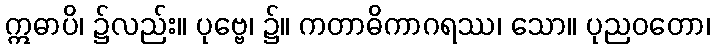
ဣဓာပိ၊ ၌လည်း။ ပုဗ္ဗေ၊ ၌။ ကတာဓိကာဂရဿ၊ သော။ ပုညဝတော၊